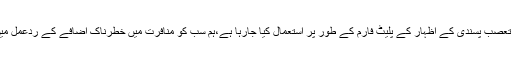
انہوں نے کہا کہ سوشل میڈیا کو تعصب پسندی کے اظہار کے پلیٹ فارم کے طور پر استعمال کیا جارہا ہے،ہم سب کو منافرت میں خطرناک اضافے کے ردعمل میں یکجہتی کا اظہار کرنا چاہیے‘۔